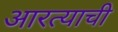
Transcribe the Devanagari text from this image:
आरत्याची